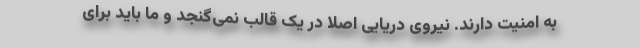
به امنیت دارند. نیروی دریایی اصلاً در یک قالب نمی‌گنجد و ما باید برای